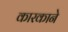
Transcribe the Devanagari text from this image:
कारकाने